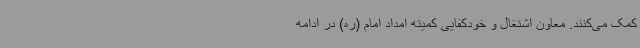
کمک می‌کنند. معاون اشتغال و خودکفایی کمیته امداد امام (ره) در ادامه